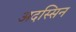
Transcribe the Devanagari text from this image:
अदस्सिन